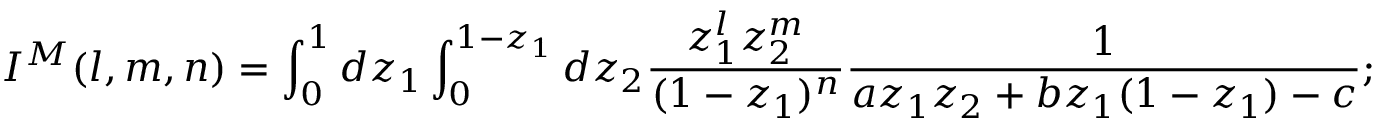
I ^ { M } ( l , m , n ) = \int _ { 0 } ^ { 1 } d z _ { 1 } \int _ { 0 } ^ { 1 - z _ { 1 } } d z _ { 2 } { \frac { z _ { 1 } ^ { l } z _ { 2 } ^ { m } } { ( 1 - z _ { 1 } ) ^ { n } } } { \frac { 1 } { a z _ { 1 } z _ { 2 } + b z _ { 1 } ( 1 - z _ { 1 } ) - c } } ; \quad 0 \leq l , m , n \leq 3 .